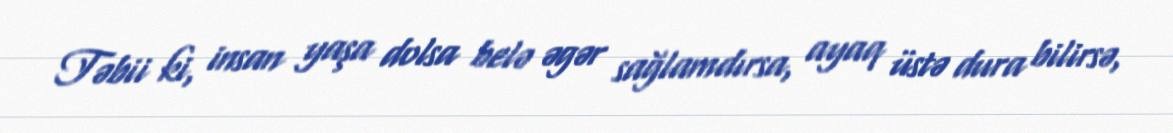
Təbii ki, insan yaşa dolsa belə əgər sağlamdırsa, ayaq üstə dura bilirsə,